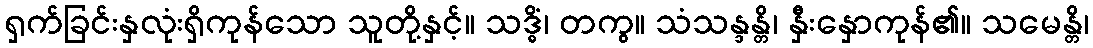
ရှက်ခြင်းနှလုံးရှိကုန်သော သူတို့နှင့်။ သဒ္ဓိံ၊ တကွ။ သံသန္ဒန္တိ၊ နှီးနှောကုန်၏။ သမေန္တိ၊